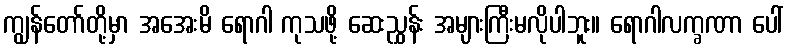
ကျွန်တော်တို့မှာ အအေးမိ ရောဂါ ကုသဖို့ ဆေးညွှန်း အများကြီးမလိုပါဘူး။ ရောဂါလက္ခဏာ ပေါ်